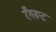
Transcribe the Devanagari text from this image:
रँगरूट